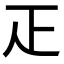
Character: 𤴓